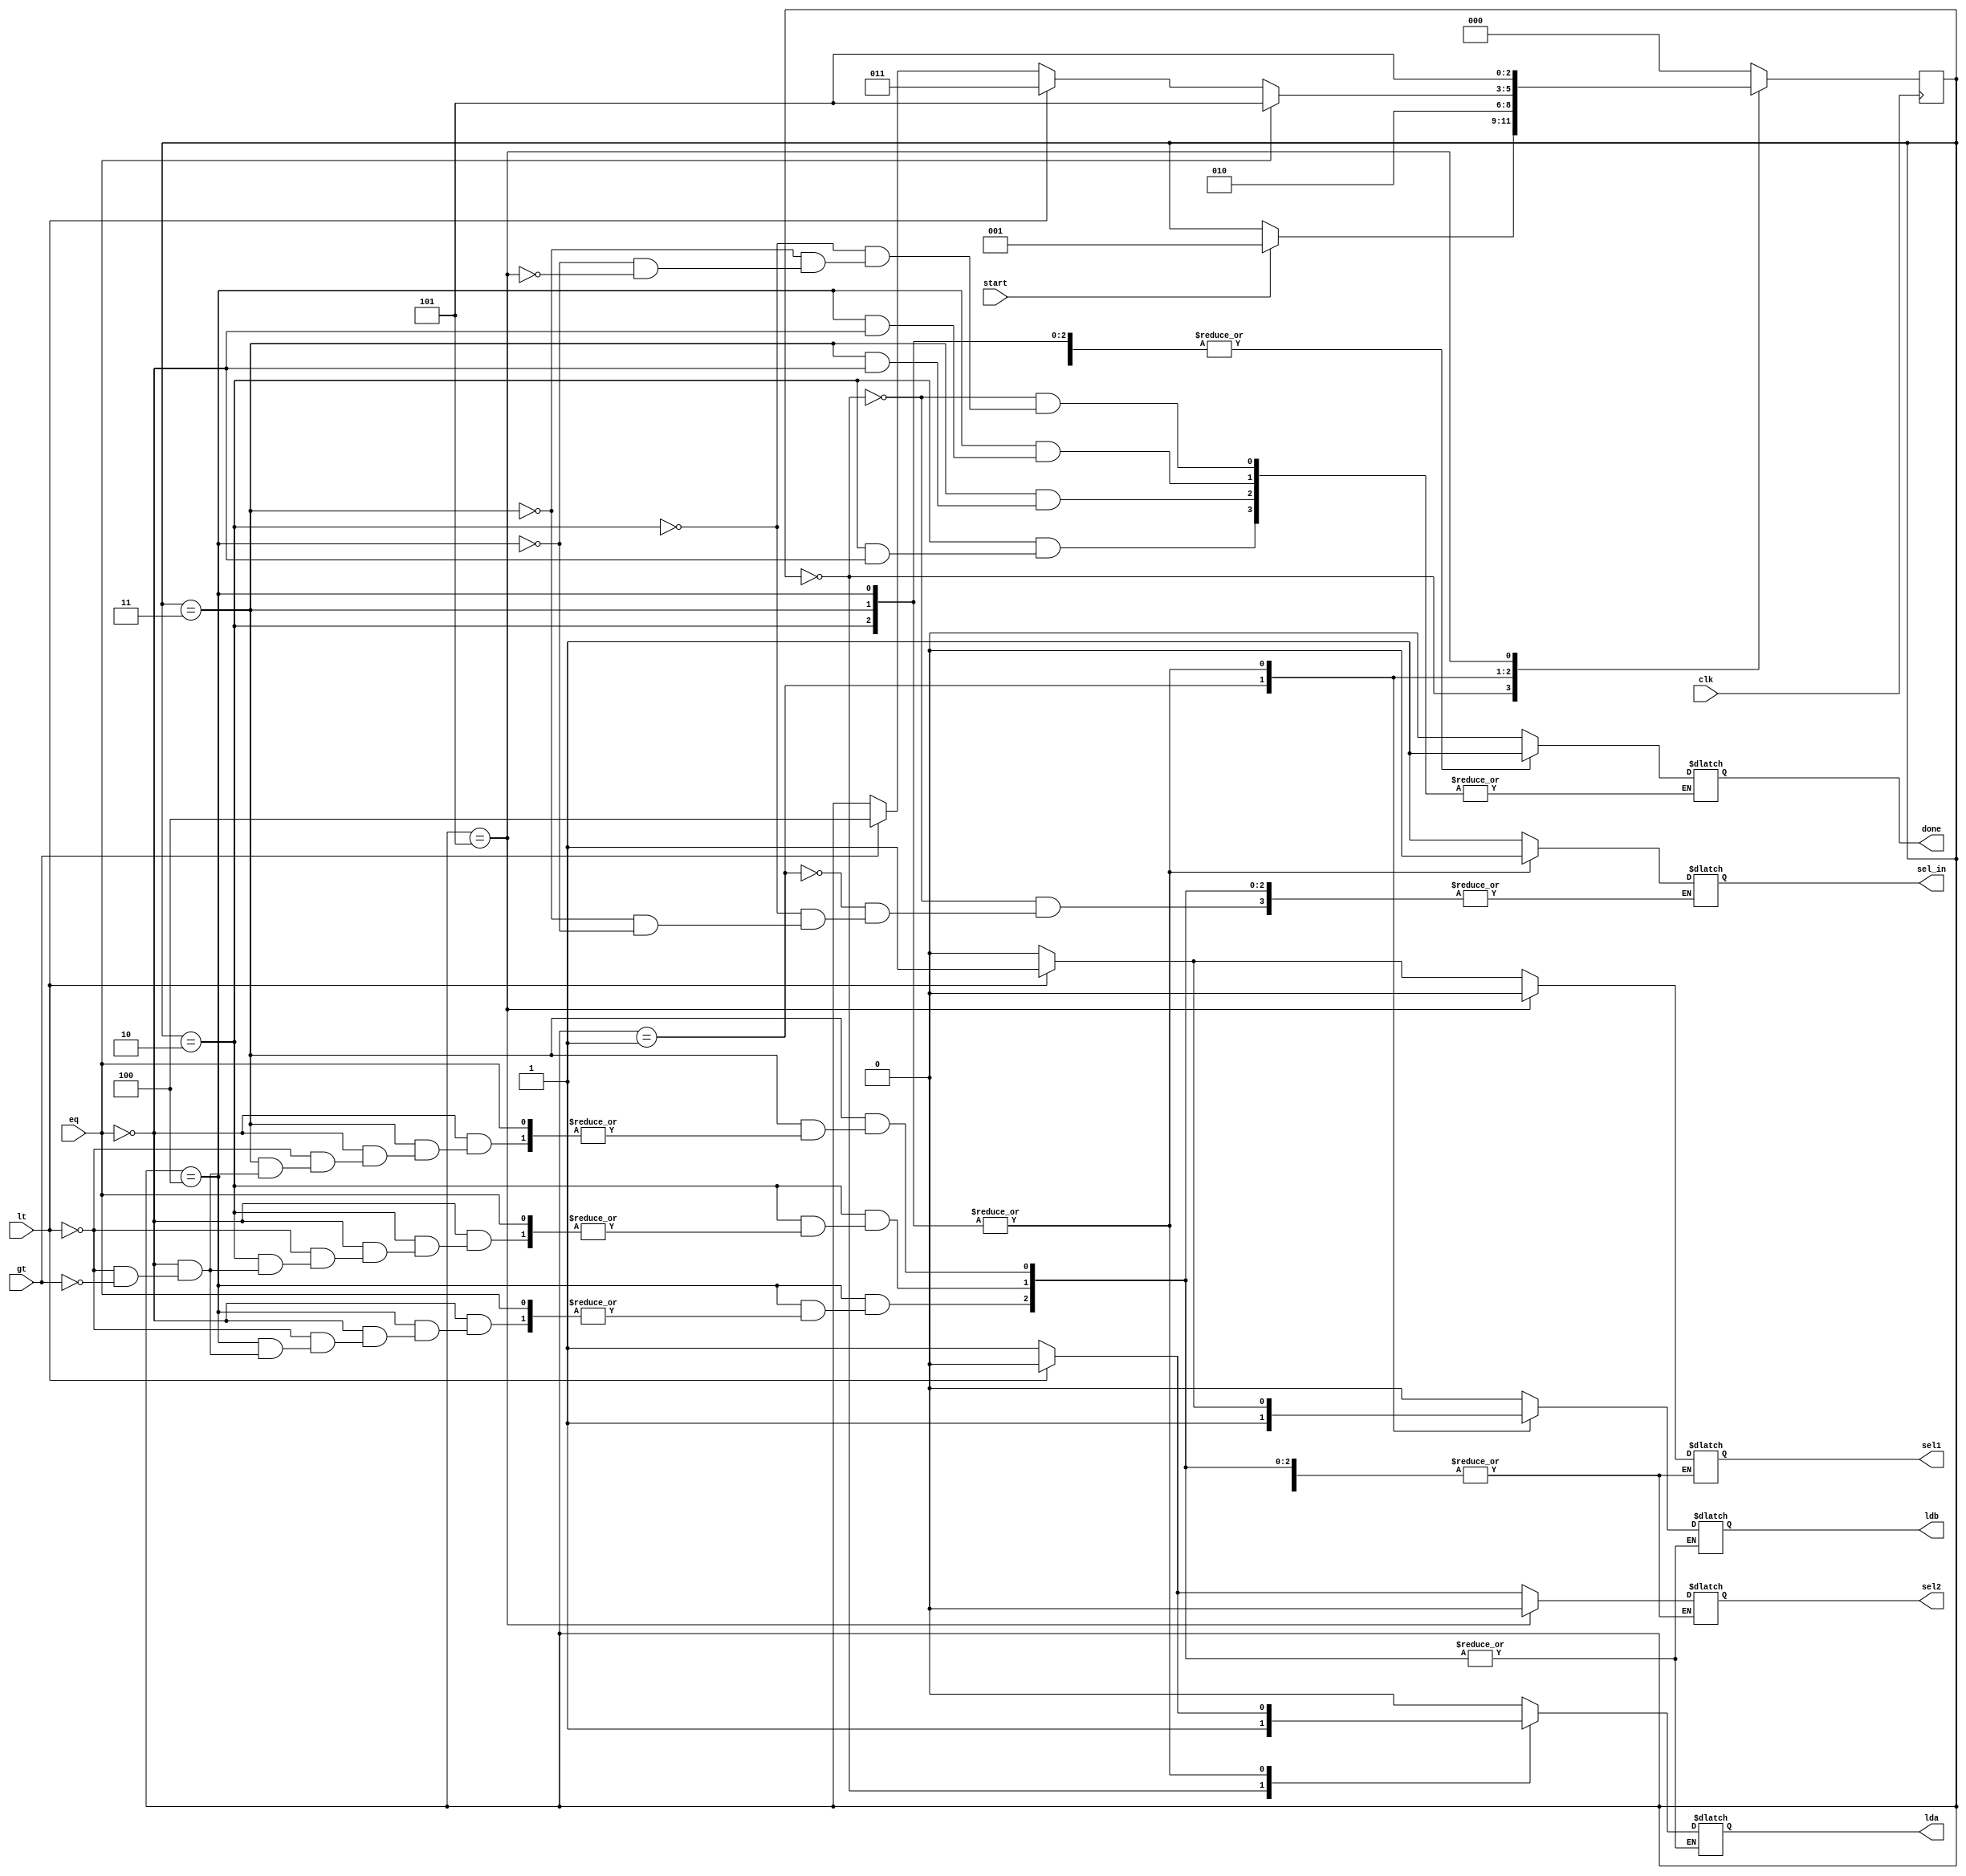
module controller(lda,ldb,sel1,sel2,sel_in,done,clk,lt,gt,eq,start);
input clk,lt,gt,eq,start;
output reg lda,ldb,sel1,sel2,sel_in,done;
reg [2:0] state;
parameter s0=3'b000,s1=3'b001,s2=3'b010,s3=3'b011,s4=3'b100,s5=3'b101;
always@(posedge clk)
begin
case(state)
s0: if(start) state<=1;
s1: state<=s2;
s2: #2 if(eq)state<=5;
else if(lt) state<=s3;
else if(gt) state<=s4;
s3: #2 if(eq)state<=5;
else if(lt) state<=s3;
else if(gt) state<=s4;
s4: #2 if(eq)state<=5;
else if(lt) state<=s3;
else if(gt) state<=s4;
s5: state<=s5;
default: state<=s0;
endcase
end

always@(state)
begin
case(state)
s0: begin sel_in=1;lda=1;ldb=0;done=0;end
s1: begin sel_in=1;lda=0;ldb=1;end
s2: if(eq) done=1;
   else if(lt) begin
    sel1=1;sel2=0;sel_in=0;
    #1 lda=0;ldb=1;
   end
   else if(gt) begin
    sel1=0;sel2=1;sel_in=0;
    #1 lda=1;ldb=0;
   end
s3: if(eq) done=1;
   else if(lt) begin
    sel1=1;sel2=0;sel_in=0;
    #1 lda=0;ldb=1;
   end
   else if(gt) begin
    sel1=0;sel2=1;sel_in=0;
    #1 lda=1;ldb=0;
   end
s4: if(eq) done=1;
   else if(lt) begin
    sel1=1;sel2=0;sel_in=0;
    #1 lda=0;ldb=1;
   end
   else if(gt) begin
    sel1=0;sel2=1;sel_in=0;
    #1 lda=1;ldb=0;
   end
s5: begin
    done=1;sel1=0;sel2=0;lda=0;
    ldb=0;
end
default: begin lda=0;ldb=0;end
endcase
end
endmodule